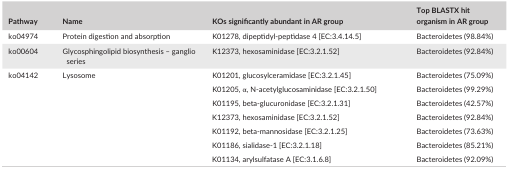
| Pathway | Name | KOs significantly abundant in AR group | Top BLASTX hit organism in AR group |
 | --- | --- | --- | --- |
 | ko04974 | Protein digestion and absorption | K01278, dipeptidyl‐peptidase 4 [EC:3.4.14.5] | Bacteroidetes (98.84%) |
 | ko00604 | Glycosphingolipid biosynthesis – ganglio series | K12373, hexosaminidase [EC:3.2.1.52] | Bacteroidetes (92.84%) |
 | <ROWSPAN=7> ko04142 | <ROWSPAN=7> Lysosome | K01201, glucosylceramidase [EC:3.2.1.45] | Bacteroidetes (75.09%) |
 | K01205, α, N‐acetylglucosaminidase [EC:3.2.1.50] | Bacteroidetes (99.29%) |
 | K01195, beta‐glucuronidase [EC:3.2.1.31] | Bacteroidetes (42.57%) |
 | K12373, hexosaminidase [EC:3.2.1.52] | Bacteroidetes (92.84%) |
 | K01192, beta‐mannosidase [EC:3.2.1.25] | Bacteroidetes (73.63%) |
 | K01186, sialidase‐1 [EC:3.2.1.18] | Bacteroidetes (85.21%) |
 | K01134, arylsulfatase A [EC:3.1.6.8] | Bacteroidetes (92.09%) |